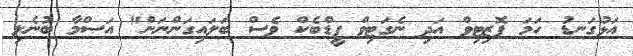
އަޅުގަނޑު ހަމަ ޕޮޒިޓިވް އަދި ނެގަޓިވް ފީޑްބެކް ވެސް ބަލައިގަންނަން" އަސްމާ ބުނެލި